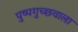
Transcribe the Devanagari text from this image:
पुष्पगुच्छवाला